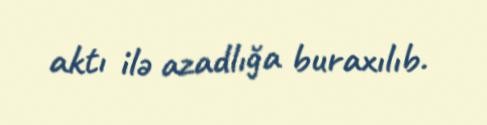
aktı ilə azadlığa buraxılıb.